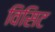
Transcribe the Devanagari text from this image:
विसिट